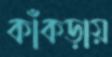
কাঁকড়ায়